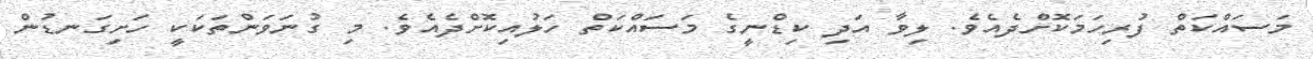
މަސައްކަތް ފުރިހަމަކޮށްދެއެެވެ. ލިވާ އަދި ކިޑްނީގެ މަސައްކަތް ހަލުއިކޮށްދެއެވެ. މި ގުނަވަންތަކަކީ ހަށިގަނޑުން